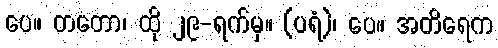
ပေ။ တတော၊ ထို ၂၉-ရက်မှ။ (ပရံ)၊ ပေ။ အတိရေက